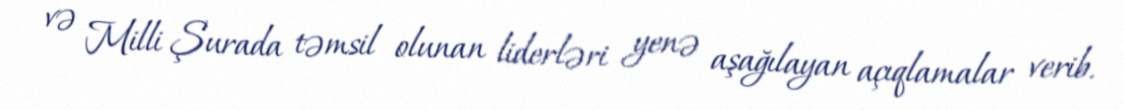
və Milli Şurada təmsil olunan liderləri yenə aşağılayan açıqlamalar verib.